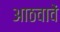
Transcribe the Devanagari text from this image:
आठवावें